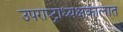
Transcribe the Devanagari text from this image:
उपराष्ट्राध्यक्षकालात